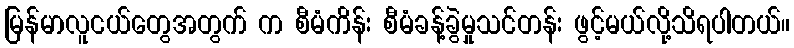
မြန်မာလူငယ်တွေအတွက် က စီမံကိန်း စီမံခန့်ခွဲမှုသင်တန်း ဖွင့်မယ်လို့သိရပါတယ်။